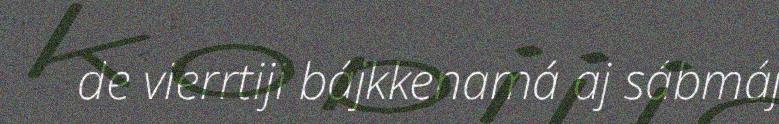
de vierrtiji bájkkenamá aj sábmáj